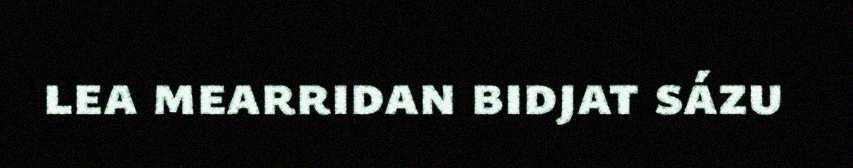
lea mearridan bidjat sázu